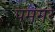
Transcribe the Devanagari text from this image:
पमगरे